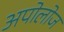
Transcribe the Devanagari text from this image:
अपोलोज